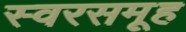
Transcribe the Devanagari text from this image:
स्वरसमूह